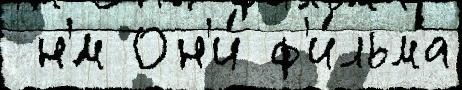
 н'́м Он'и́ ф'и́льма